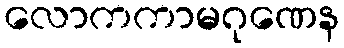
လောကကာမဂုဏေန